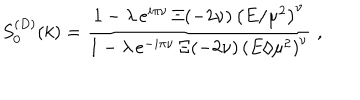
S _ { 0 } ^ { ( D ) } ( k ) = \frac { 1 - \lambda \, e ^ { i \pi \nu } \, \Xi ( - 2 \nu ) \, \left( E / \mu ^ { 2 } \right) ^ { \nu } } { 1 - \lambda \, e ^ { - i \pi \nu } \, \Xi ( - 2 \nu ) \, \left( E / \mu ^ { 2 } \right) ^ { \nu } } \; ,